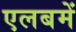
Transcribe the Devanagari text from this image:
एलबमें